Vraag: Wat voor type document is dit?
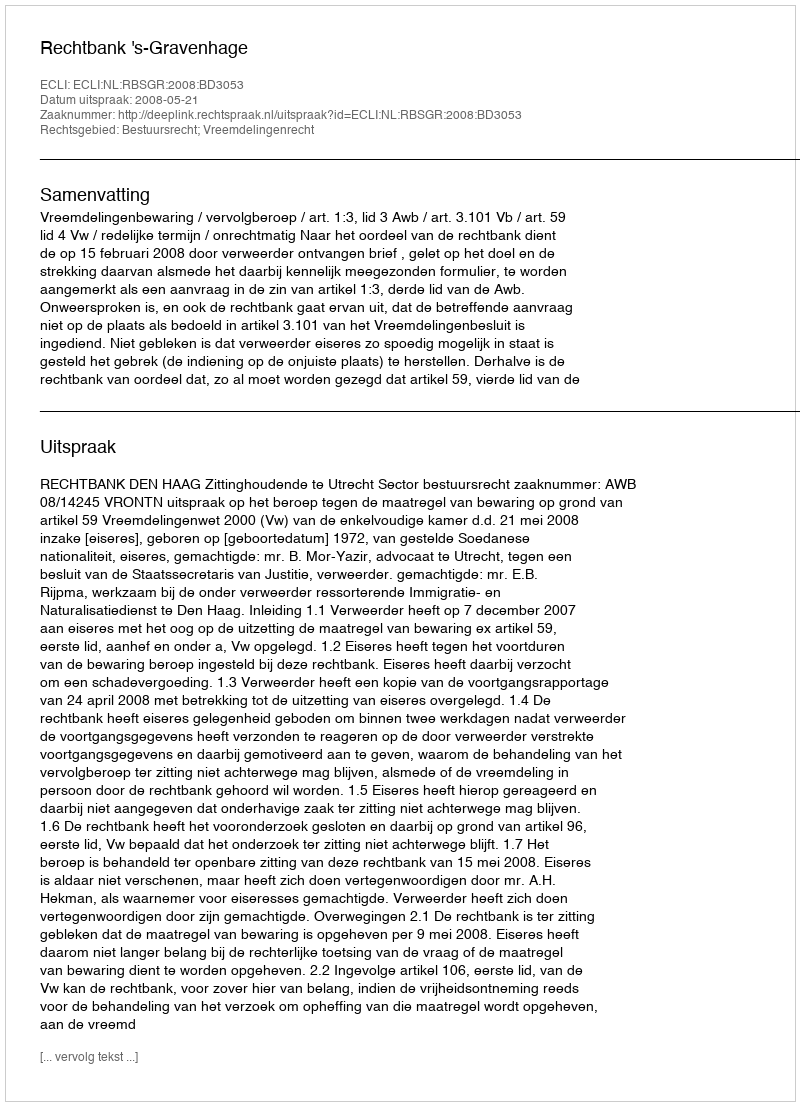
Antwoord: Uitspraak